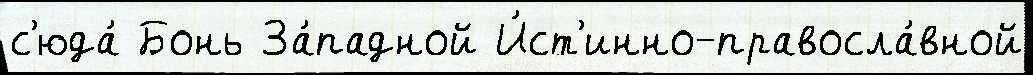
с'юда́ Бонь За́падной И́ст'инно-правосла́вной